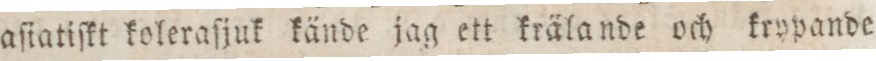
aſiatiſkt koleraſjuk kände jag ett krälande och krypande